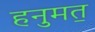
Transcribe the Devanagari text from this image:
हनुमत॒